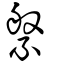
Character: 縏